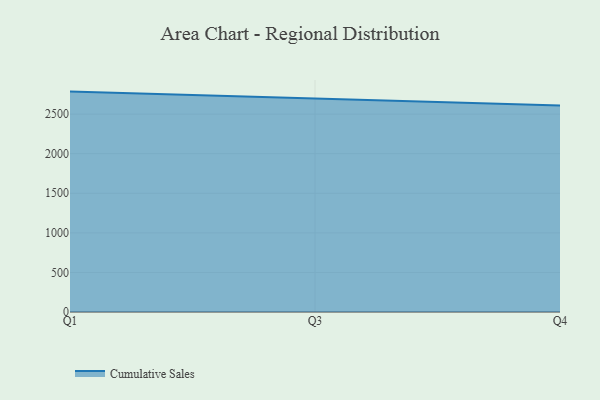
{"axis": {"x": "Quarter", "y": "Website Visitors"}, "legend": ["Cumulative Sales"], "data": [{"x": "Q1", "y": 2784.8, "type": "Cumulative Sales"}, {"x": "Q3", "y": 2700.6, "type": "Cumulative Sales"}, {"x": "Q4", "y": 2609.0, "type": "Cumulative Sales"}]}